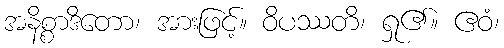
အနိစ္စာဒိတော၊ အားဖြင့်။ ဝိပဿတိ၊ ရှု၏။ ဧဝံ၊